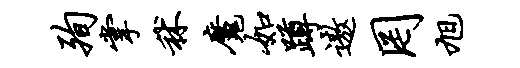
殉掌秫魔如蹲遨罔旭